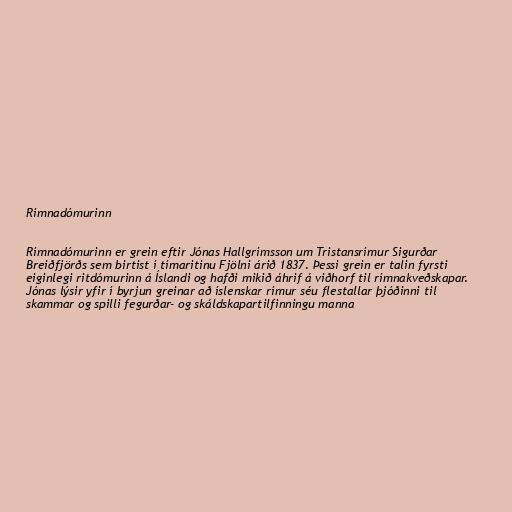
Rímnadómurinn

Rímnadómurinn er grein eftir Jónas Hallgrímsson um Tristansrímur Sigurðar
Breiðfjörðs sem birtist í tímaritinu Fjölni árið 1837. Þessi grein er talin fyrsti
eiginlegi ritdómurinn á Íslandi og hafði mikið áhrif á viðhorf til rímnakveðskapar.
Jónas lýsir yfir í byrjun greinar að íslenskar rímur séu flestallar þjóðinni til
skammar og spilli fegurðar- og skáldskapartilfinningu manna